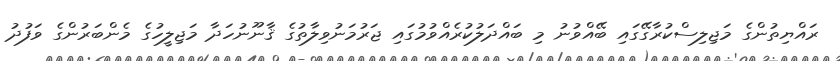
ރައްޔިތުންގެ މަޖިލިސްކުރާގޭގައި ބޭއްވުނު މި ބައްދަލުކުރެއްވުމުގައި ޖަރުމަނުވިލާތުގެ ޤާނޫނުހަދާ މަޖިލީހުގެ މެންބަރުންގެ ވަފުދު